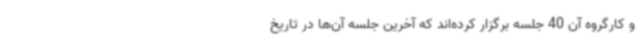
و کارگروه آن 40 جلسه برگزار کرده‌اند که آخرین جلسه آن‌ها در تاریخ